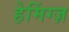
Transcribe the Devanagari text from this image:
हेमिंग्ज़